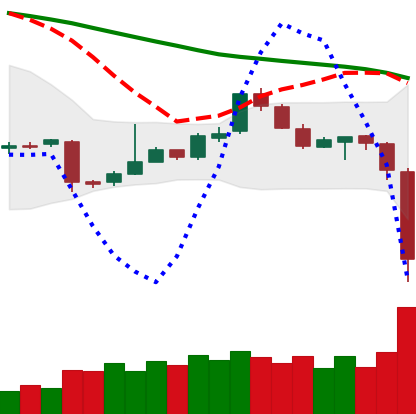
Ticker: EOS-USD
Chart end date: 2018-11-14
Forward return: -11.924%
Label: down_7plus